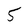
Character: 5